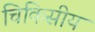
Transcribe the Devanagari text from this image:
चिकिसीय